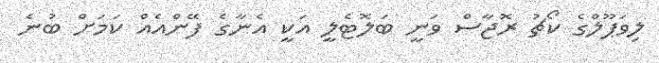
ލިވަޕޫލްގެ ކޯޗު ރޮޖާސް ވަނީ ބަލޮޓެލީ އަކީ އެނާގެ ފޭންއެއް ކަމަށް ބުނެ